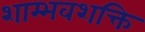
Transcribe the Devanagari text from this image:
शाम्भवशक्ति